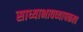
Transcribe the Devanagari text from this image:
साध्याभावव्यापकत्व